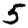
Digit: 5